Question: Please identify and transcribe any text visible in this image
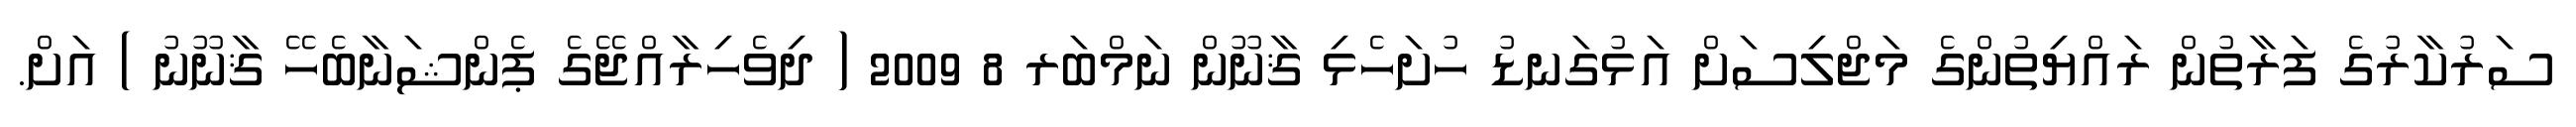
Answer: ސަރުކާރުގެ ފަރާތުން ރައްޔިތުންގެ މަޖްލިސަށް އަޅުގަނޑު ހުށަހެޅި ޤާނޫން ނަމްބަރ 8 2009 ( ދިވެހިރާއްޖޭގެ ޕެންޝަނާބެހޭ ޤާނޫނު ) އަށް.